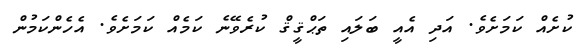
ކުށެއް ކަމަށެވެ. އަދި އެއީ ބަލައި ތަޙްޤީޤް ކުރެވޭނެ ކަމެއް ކަމަށެވެ. އެހެންކަމުން